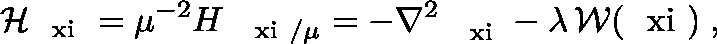
{ \mathcal H } _ { { \mathrm { \boldmath ~ \scriptstyle { \ x i } ~ } } } = \mu ^ { - 2 } H _ { \mathrm { \boldmath ~ \scriptstyle { ~ \ x i } ~ } / \mu } = - \nabla _ { \mathrm { ~ \boldmath ~ \scriptstyle { ~ \ x i } ~ } } ^ { 2 } - \lambda \, { \mathcal W } ( \mathrm { \boldmath ~ \ x i ~ } ) \; ,